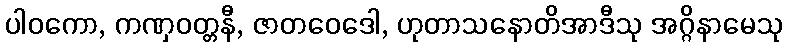
ပါဝကော, ကဏှဝတ္တနီ, ဇာတဝေဒေါ, ဟုတာသနောတိအာဒီသု အဂ္ဂိနာမေသု